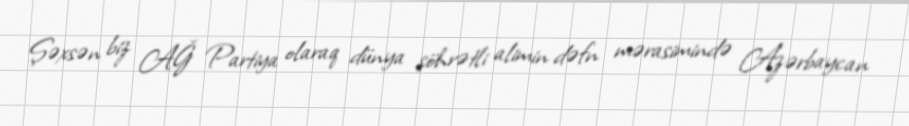
Şəxsən biz AĞ Partiya olaraq dünya şöhrətli alimin dəfn mərasimində Azərbaycan